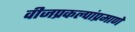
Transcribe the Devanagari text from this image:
वीजप्रकल्पांप्रमाणे